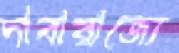
দাবারাজ্যে